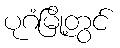
ပုဂံမြို့တွင်